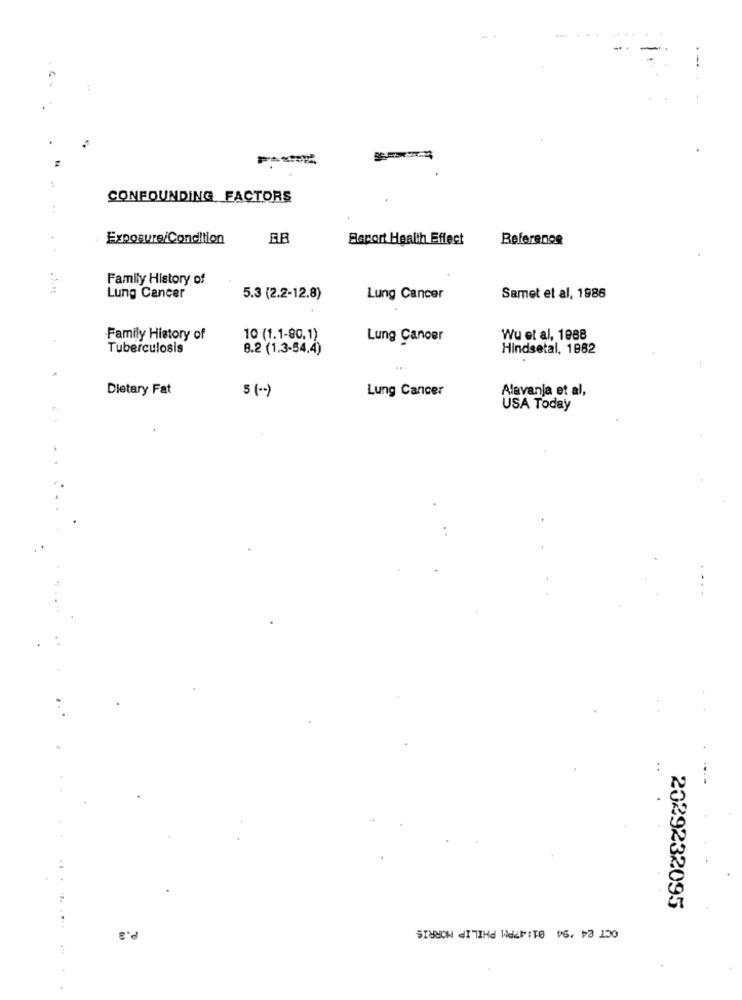
CONFOUNDING FACTORS
:
Exposure/Condition
Escort Health Effect
Referanos
Family History of
Lung Cancer
5.3 (2.2-12.8)
Lung Cancer
Samet et al, 1986
Family History of
10 (1.1-80.1)
Lung Cancer
Wu et al, 1988
Tuberculosis
8.2 (1.3-54.4)
Hindsetal. 1882
Dietary Fat
5 ( .. )
Lung Cancer
Alavanja et al,
USA Today
2029232095
OCT 24 '94 01:47PM PHILIP MORRIS